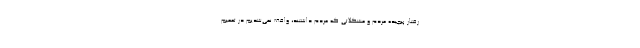
رفتار پیچیده مردم و مشکلاتی که مردم داشتند، واقف نمی‌شدیم در تعمیم